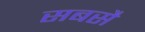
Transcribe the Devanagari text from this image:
सबसै